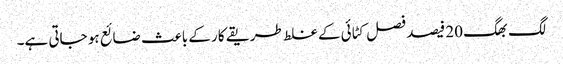
لگ بھگ 20 فیصد فصل کٹائی کے غلط طریقے کار کے باعث ضائع ہو جاتی ہے۔